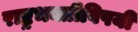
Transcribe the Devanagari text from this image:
राष्ट्रभक्तीविषयी